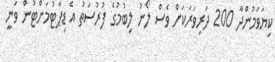
ކިޔަވަމުންދާ 200 ދަރިވަރަކަށް ވެސް ލޯނު ލިބުމުގެ ފުރުސަތު އެ ޑިޕާޓުމަންޓުން ވަނީ